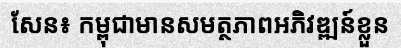
សែន៖ កម្ពុជាមានសមត្ថភាពអភិវឌ្ឍន៍ខ្លួន